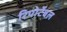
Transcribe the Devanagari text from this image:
रिपोर्टेबल